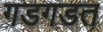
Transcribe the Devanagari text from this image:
गडगडत